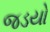
જડયો